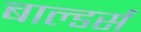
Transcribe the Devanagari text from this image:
बाल्डर्स